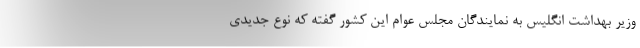
وزیر بهداشت انگلیس به نمایندگان مجلس عوام این کشور گفته که نوع جدیدی